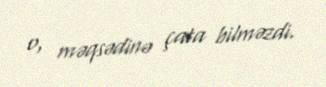
o, məqsədinə çata bilməzdi.